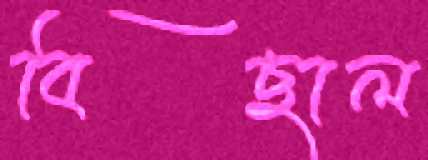
বিছাল